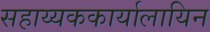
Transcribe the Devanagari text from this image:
सहाय्यककार्यालायिन